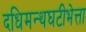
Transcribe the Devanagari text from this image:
दधिमन्थघटीभेत्ता